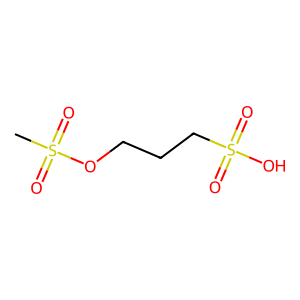
SMILES: CS(=O)(=O)OCCCS(=O)(=O)O
Inhibits HIV replication: No